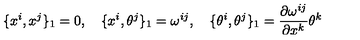
\{ x ^ { i } , x ^ { j } \} _ { 1 } = 0 , \quad \{ x ^ { i } , \theta ^ { j } \} _ { 1 } = \omega ^ { i j } , \quad \{ \theta ^ { i } , \theta ^ { j } \} _ { 1 } = \frac { \partial \omega ^ { i j } } { \partial x ^ { k } } \theta ^ { k }